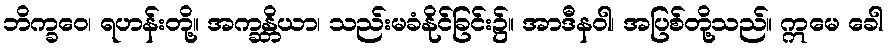
ဘိက္ခဝေ၊ ရဟန်းတို့။ အက္ခန္တိယာ၊ သည်းမခံနိုင်ခြင်း၌။ အာဒီနဝါ၊ အပြစ်တို့သည်။ ဣမေ ခေါ